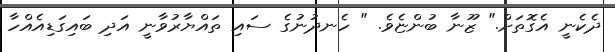
ދެކެނީ އެގޮތަށް." ޒޫނާ ބުންޏެވެ. " ހެނދުނުގެ ސައި ތައްޔާރުވާނީ އަދި ބައިގަޑިއެއްހާ